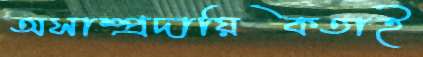
অসাম্প্রদায়িকতাই